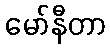
မော်နီတာ